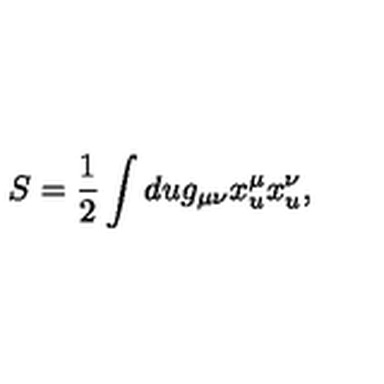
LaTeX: S = \frac { 1 } { 2 } \int d u g _ { \mu \nu } x _ { u } ^ { \mu } x _ { u } ^ { \nu } , \quad